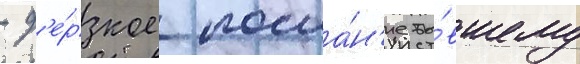
- д'е́рзкое посла́н'ие бы́вшему